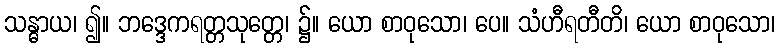
သန္ဓာယ၊ ၍။ ဘဒ္ဒေကရတ္တသုတ္တေ၊ ၌။ ယော စာဝုသော၊ ပေ။ သံဟီရတီတိ၊ ယော စာဝုသော၊